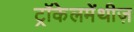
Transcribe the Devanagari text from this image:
ट्रॉकेलमेंथीज़